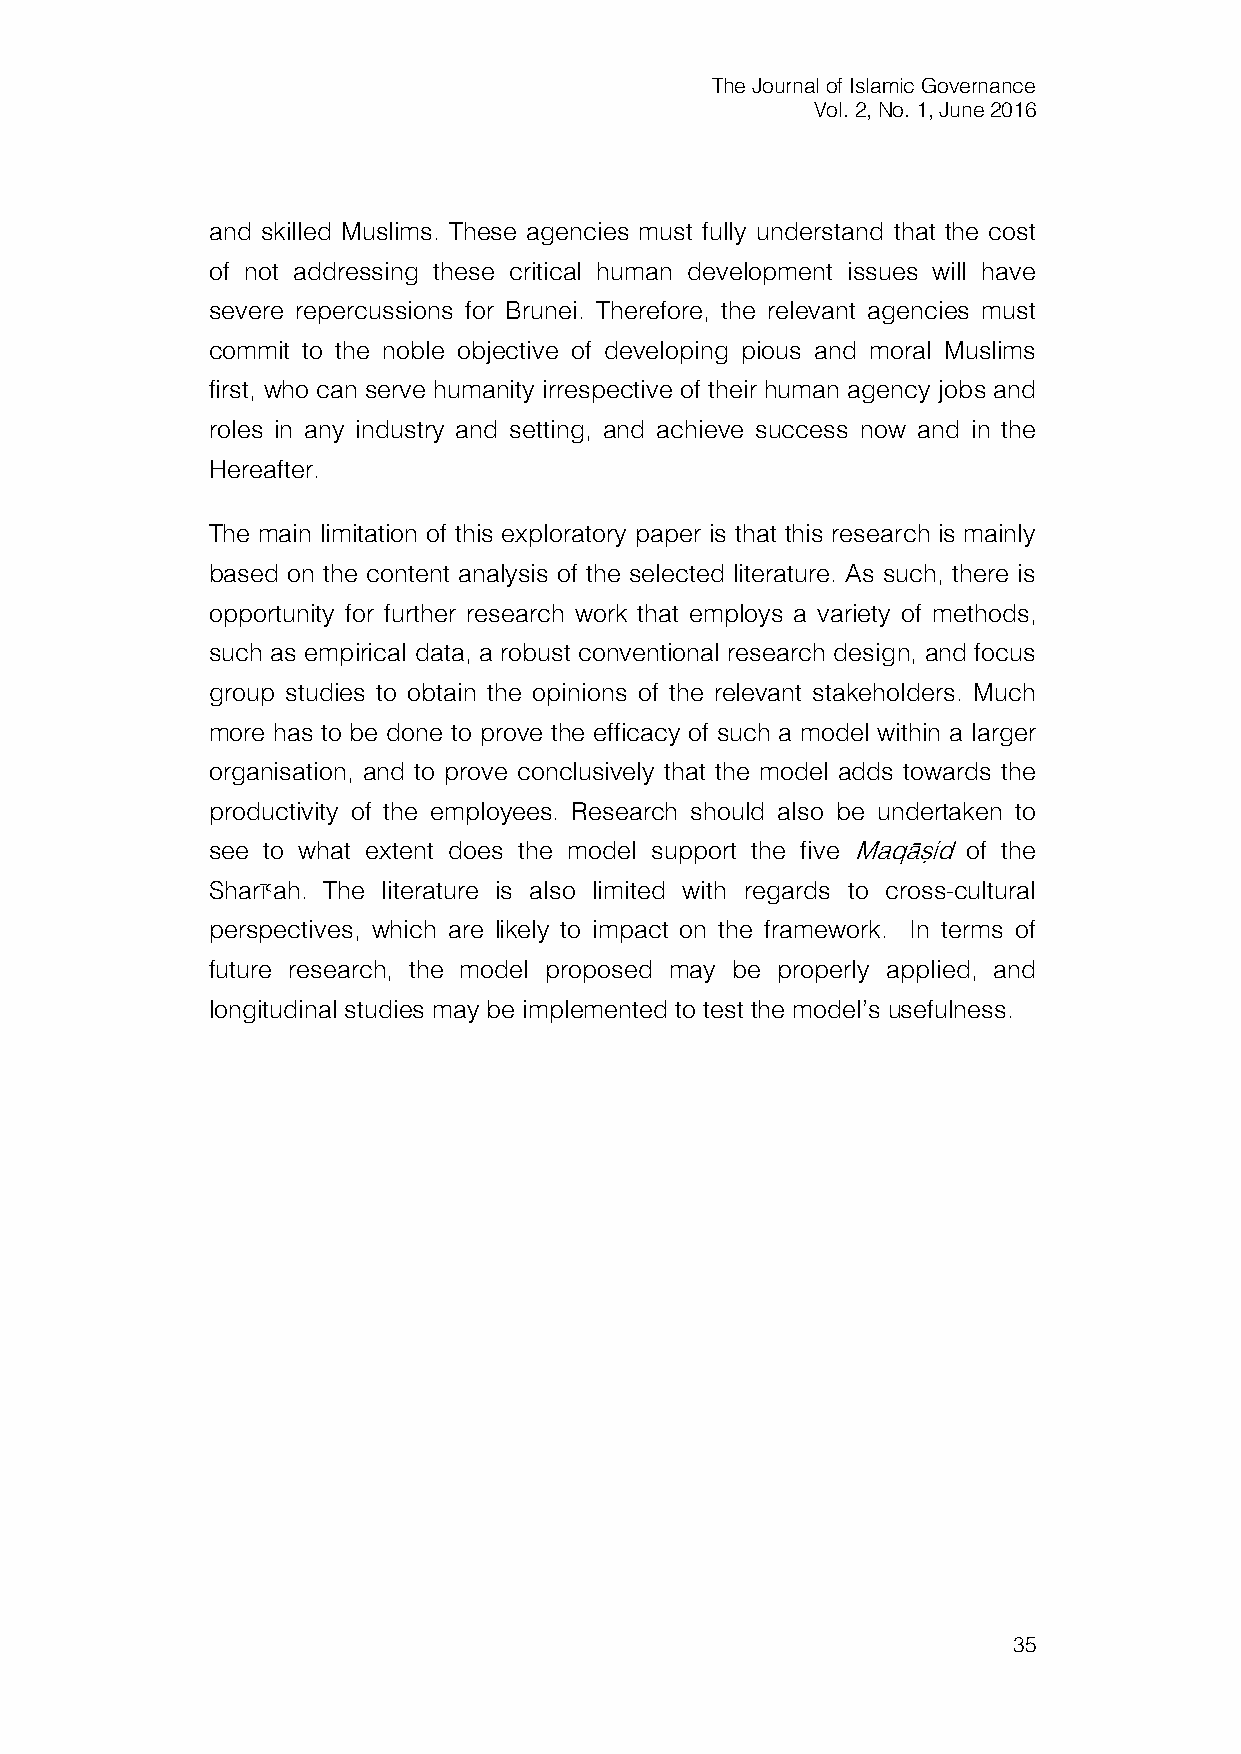
The Journal of Islamic Governance
 Vol. 2, No. 1, June 2016
 and skilled Muslims. These agencies must fully understand that the cost
 of not addressing these critical human development issues will have
 severe repercussions for Brunei. Therefore, the relevant agencies must
 commit to the noble objective of developing pious and moral Muslims
 first, who can serve humanity irrespective of their human agency jobs and
 roles in any industry and setting, and achieve success now and in the
 Hereafter.
 The main limitation of this exploratory paper is that this research is mainly
 based on the content analysis of the selected literature. As such, there is
 opportunity for further research work that employs a variety of methods,
 such as empirical data, a robust conventional research design, and focus
 group studies to obtain the opinions of the relevant stakeholders. Much
 more has to be done to prove the efficacy of such a model within a larger
 organisation, and to prove conclusively that the model adds towards the
 productivity of the employees. Research should also be undertaken to
 see to what extent does the model support the five Maqāṣid of the
 Sharī>ah. The literature is also limited with regards to cross-cultural
 perspectives, which are likely to impact on the framework. In terms of
 future research, the model proposed may be properly applied, and
 longitudinal studies may be implemented to test the model’s usefulness.
 35